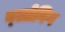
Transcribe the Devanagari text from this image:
ब्‍लोविग